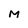
Character: M